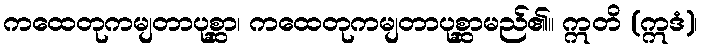
ကထေတုကမျတာပုစ္ဆာ၊ ကထေတုကမျတာပုစ္ဆာမည်၏။ ဣတိ (ဣဒံ)၊